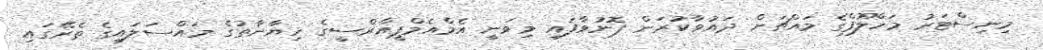
މިނިސްޓަރު މަހްލޫފްގެ މައްޗަށް ދައުވާކުރަން ފޮނުވާފައި މިވަނީ އެމްއެމްޕީއާރްސީގެ ހިޔާނާތުގެ މައްސަލައިގެ ތެރޭގައި